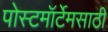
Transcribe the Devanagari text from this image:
पोस्टमॉर्टेमसाठी